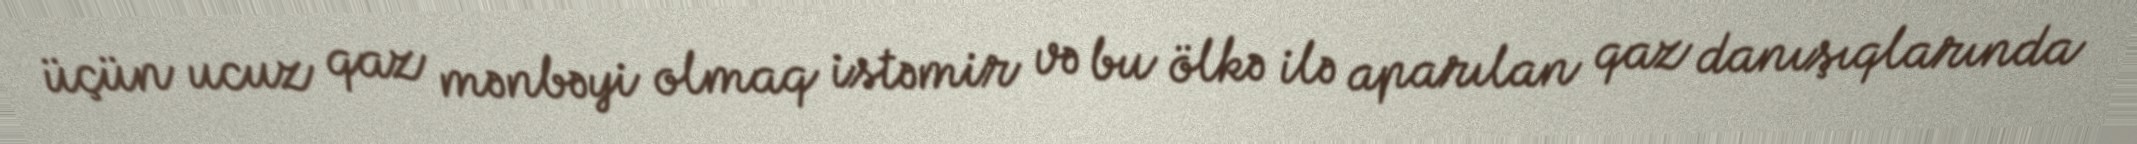
üçün ucuz qaz mənbəyi olmaq istəmir və bu ölkə ilə aparılan qaz danışıqlarında